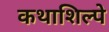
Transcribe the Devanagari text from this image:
कथाशिल्पे